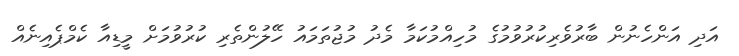
އަދި އަންހެނުން ބާރުވެރިކުރުވުމުގެ މުހިއްމުކަމާ މެދު މުޖުތަމައު ހޭލުންތެރި ކުރުވުމަށް މީޑިއާ ކެމްޕެއިނެއް